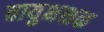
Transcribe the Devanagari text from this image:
वायुभक्षक